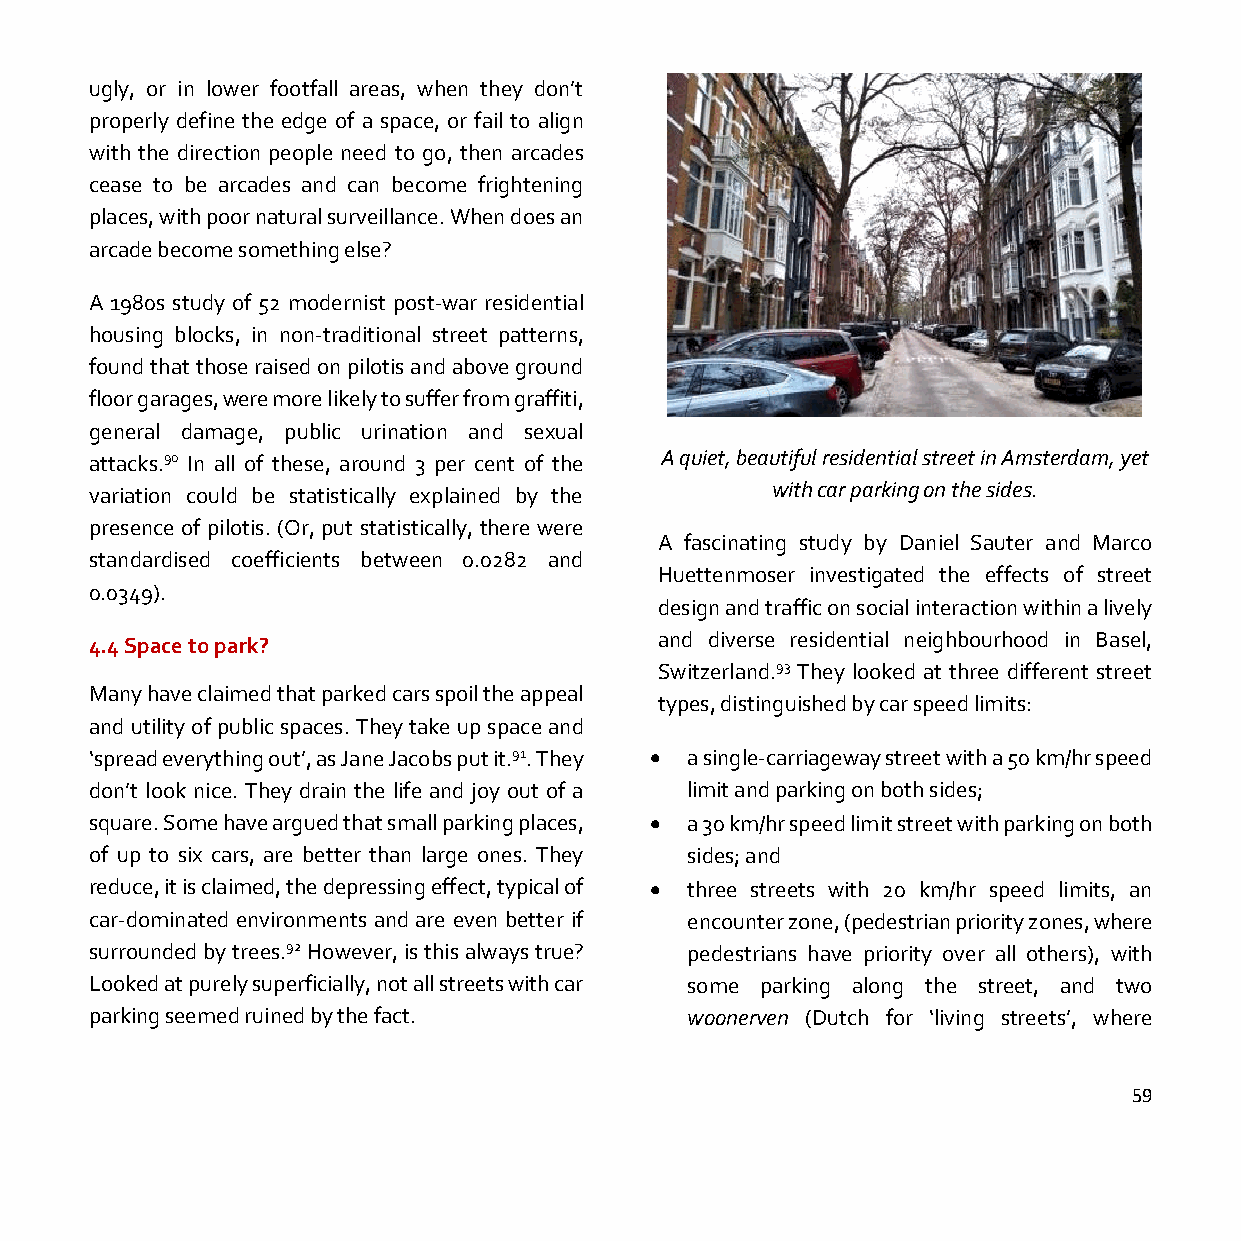
ugly, or in lower footfall areas, when they don’t
 properly define the edge of a space, or fail to align
 with the direction people need to go, then arcades
 cease to be arcades and can become frightening
 places, with poor natural surveillance. When does an
 arcade become something else?
 A 1980s study of 52 modernist post-war residential
 housing blocks, in non-traditional street patterns,
 found that those raised on pilotis and above ground
 floor garages, were more likely to suffer from graffiti,
 general damage, public urination and sexual
 attacks.90 In all of these, around 3 per cent of the A quiet, beautiful residential street in Amsterdam, yet
 variation could be statistically explained by the with car parking on the sides.
 presence of pilotis. (Or, put statistically, there were
 A fascinating study by Daniel Sauter and Marco
 standardised coefficients between 0.0282 and
 Huettenmoser investigated the effects of street
 0.0349).
 design and traffic on social interaction within a lively
 4.4 Space to park?                    and diverse residential neighbourhood in Basel,
 Switzerland.93 They looked at three different street
 Many have claimed that parked cars spoil the appeal
 types, distinguished by car speed limits:
 and utility of public spaces. They take up space and
 ‘spread everything out’, as Jane Jacobs put it.91. They • a single-carriageway street with a 50 km/hr speed
 don’t look nice. They drain the life and joy out of a limit and parking on both sides;
 square. Some have argued that small parking places, • a 30 km/hr speed limit street with parking on both
 of up to six cars, are better than large ones. They sides; and
 reduce, it is claimed, the depressing effect, typical of • three streets with 20 km/hr speed limits, an
 car-dominated environments and are even better if encounter zone, (pedestrian priority zones, where
 surrounded by trees.92 However, is this always true? pedestrians have priority over all others), with
 Looked at purely superficially, not all streets with car some parking along the street, and two
 parking seemed ruined by the fact.     woonerven (Dutch for ‘living streets’, where
 59